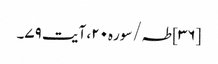
[۳۶] طہ/سوره۲۰، آیت ۷۹۔